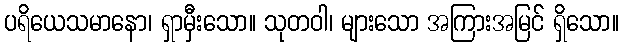
ပရိယေသမာနော၊ ရှာမှီးသော။ သုတဝါ၊ များသော အကြားအမြင် ရှိသော။